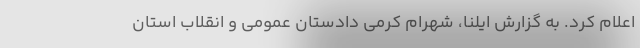
اعلام کرد. به گزارش ایلنا، شهرام کرمی دادستان عمومی و انقلاب استان